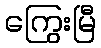
ကြွေးမြီ